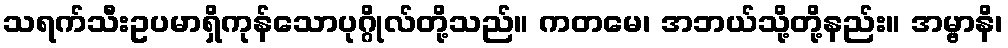
သရက်သီးဥပမာရှိကုန်သောပုဂ္ဂိုလ်တို့သည်။ ကတမေ၊ အဘယ်သို့တို့နည်း။ အမ္ဗာနိ၊